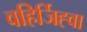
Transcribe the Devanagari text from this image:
वहिर्जिह्वा